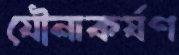
যৌনাকর্ষণ